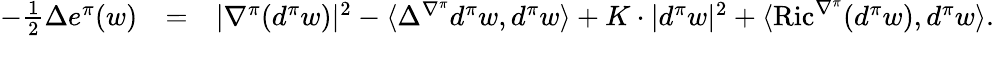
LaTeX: \begin{array}{rlr}{-\frac{1}{2}\Delta e^{\pi}(w)}&{=}&{|\nabla^{\pi}(d^{\pi}w)|^{2}-\langle\Delta^{\nabla^{\pi}}d^{\pi}w,d^{\pi}w\rangle+K\cdot|d^{\pi}w|^{2}+\langle\operatorname{Ric}^{\nabla^{\pi}}(d^{\pi}w),d^{\pi}w\rangle.}\\ &{}&\end{array}